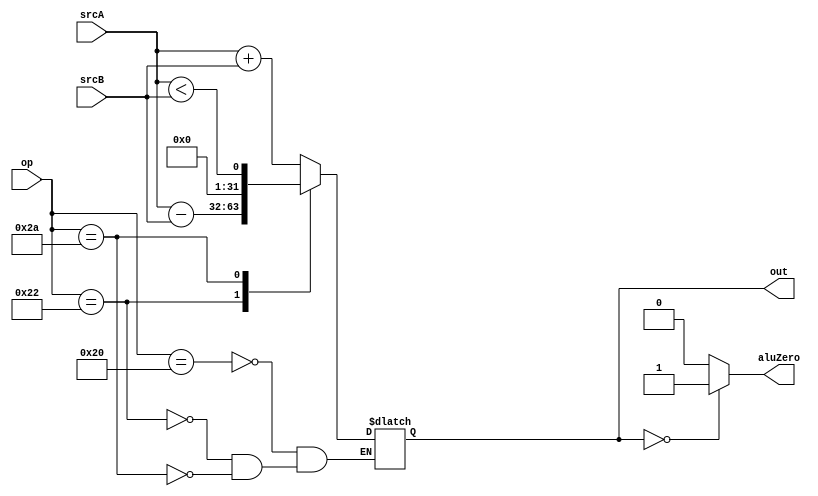
module alu(srcA, srcB, op, aluZero, out);
    input [31:0] srcA, srcB;
    input [5:0] op;
    output reg aluZero;
    output reg [31:0] out;
    
    always @(*) begin
        case(op)
            6'b100_000: out <= srcA + srcB;
            6'b100_010: out <= srcA - srcB;
            6'b101_010: out <= srcA < srcB;
        endcase
        if (out == 0) 
            aluZero = 1;
        else
            aluZero = 0;
    end
endmodule